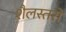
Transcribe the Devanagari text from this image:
शैलस्तरों